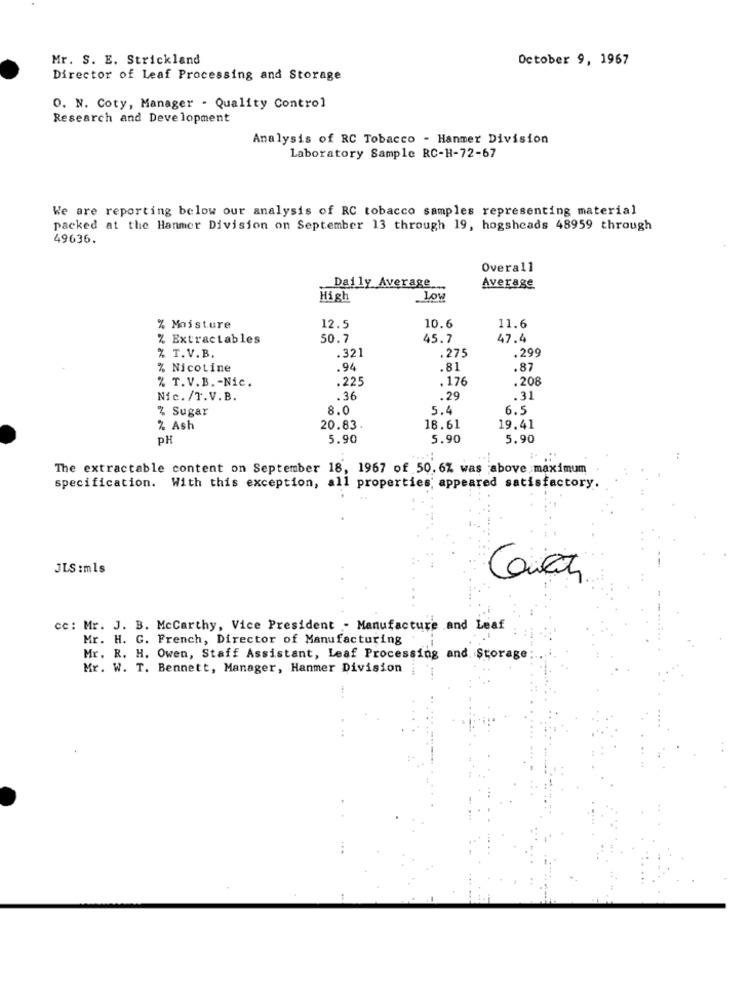
Mr. S. E. Strickland
October 9, 1967
Director of Leaf Processing and Storage
O. N. Coty, Manager - Quality Control
Research and Development
Analysis of RC Tobacco - Hanmer Division
Laboratory Sample RC-H-72-67
We are reporting below our analysis of RC tobacco samples representing material
packed at the Hanmer Division on September 13 through 19, hogsheads 48959 through
49636.
Overall
Daily Average ...
Average
High
Low
% Moisture
12.5
10.6
11.6
% Extractables
50.7
45.7
47.4
.321
.275
.299
% T. V.B.
% Nicotine
.94
.81
.87
.225
. 176
.208
% T.V.B. - Nic.
Nic. /T.V.B.
. 36
.. 29
.31
% Sugar
8.0
5.4
6.5
% Ash
20.83.
18.61
19.41
PH
5.90
5.90
5.90
The extractable content on September 18, 1967 of 50. 6% was above maximum
specification. With this exception, all properties, appeared satisfactory.
JLS :mls
Coraz
cc: Mr. J. B. Mccarthy, Vice President - Manufacture and Leaf
Mr. H. G. French, Director of Manufacturing
Mr. R. H. Owen, Staff Assistant, Leaf Processing and Storage
Mr. W. T. Bennett, Manager, Hanmer Division